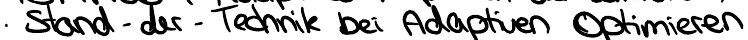
Stand - der - Technik bei Adaptiven Optimieren